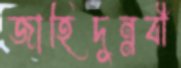
জাহিদুন্নবী